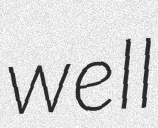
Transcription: well